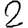
Digit: 2